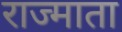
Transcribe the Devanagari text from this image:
राज्माता